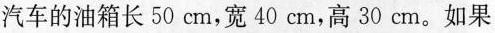
汽车的油箱长50cm，宽40cm，高30cm。如果